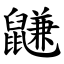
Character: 鼸